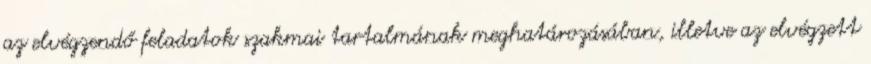
az elvégzendő feladatok szakmai tartalmának meghatározásában, illetve az elvégzett